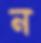
ন